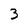
Character: 3